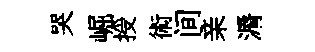
哭崛授術间亲漘